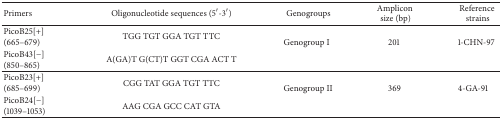
| Primers | Oligonucleotide sequences (5′-3′) | Genogroups | Ampliconsize (bp) | Referencestrains |
 | --- | --- | --- | --- | --- |
 | PicoB25[+] (665–679) | TGG TGT GGA TGT TTC | <ROWSPAN=2> Genogroup I | <ROWSPAN=2> 201 | <ROWSPAN=2> 1-CHN-97 |
 | PicoB43[−] (850–865) | A(GA)T G(CT)T GGT CGA ACT T |
 | PicoB23[+] (685–699) | CGG TAT GGA TGT TTC | <ROWSPAN=2> Genogroup II | <ROWSPAN=2> 369 | <ROWSPAN=2> 4-GA-91 |
 | PicoB24[−] (1039–1053) | AAG CGA GCC CAT GTA |